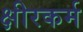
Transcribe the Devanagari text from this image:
क्षीरकर्म